Kambja_algkool, lk 55
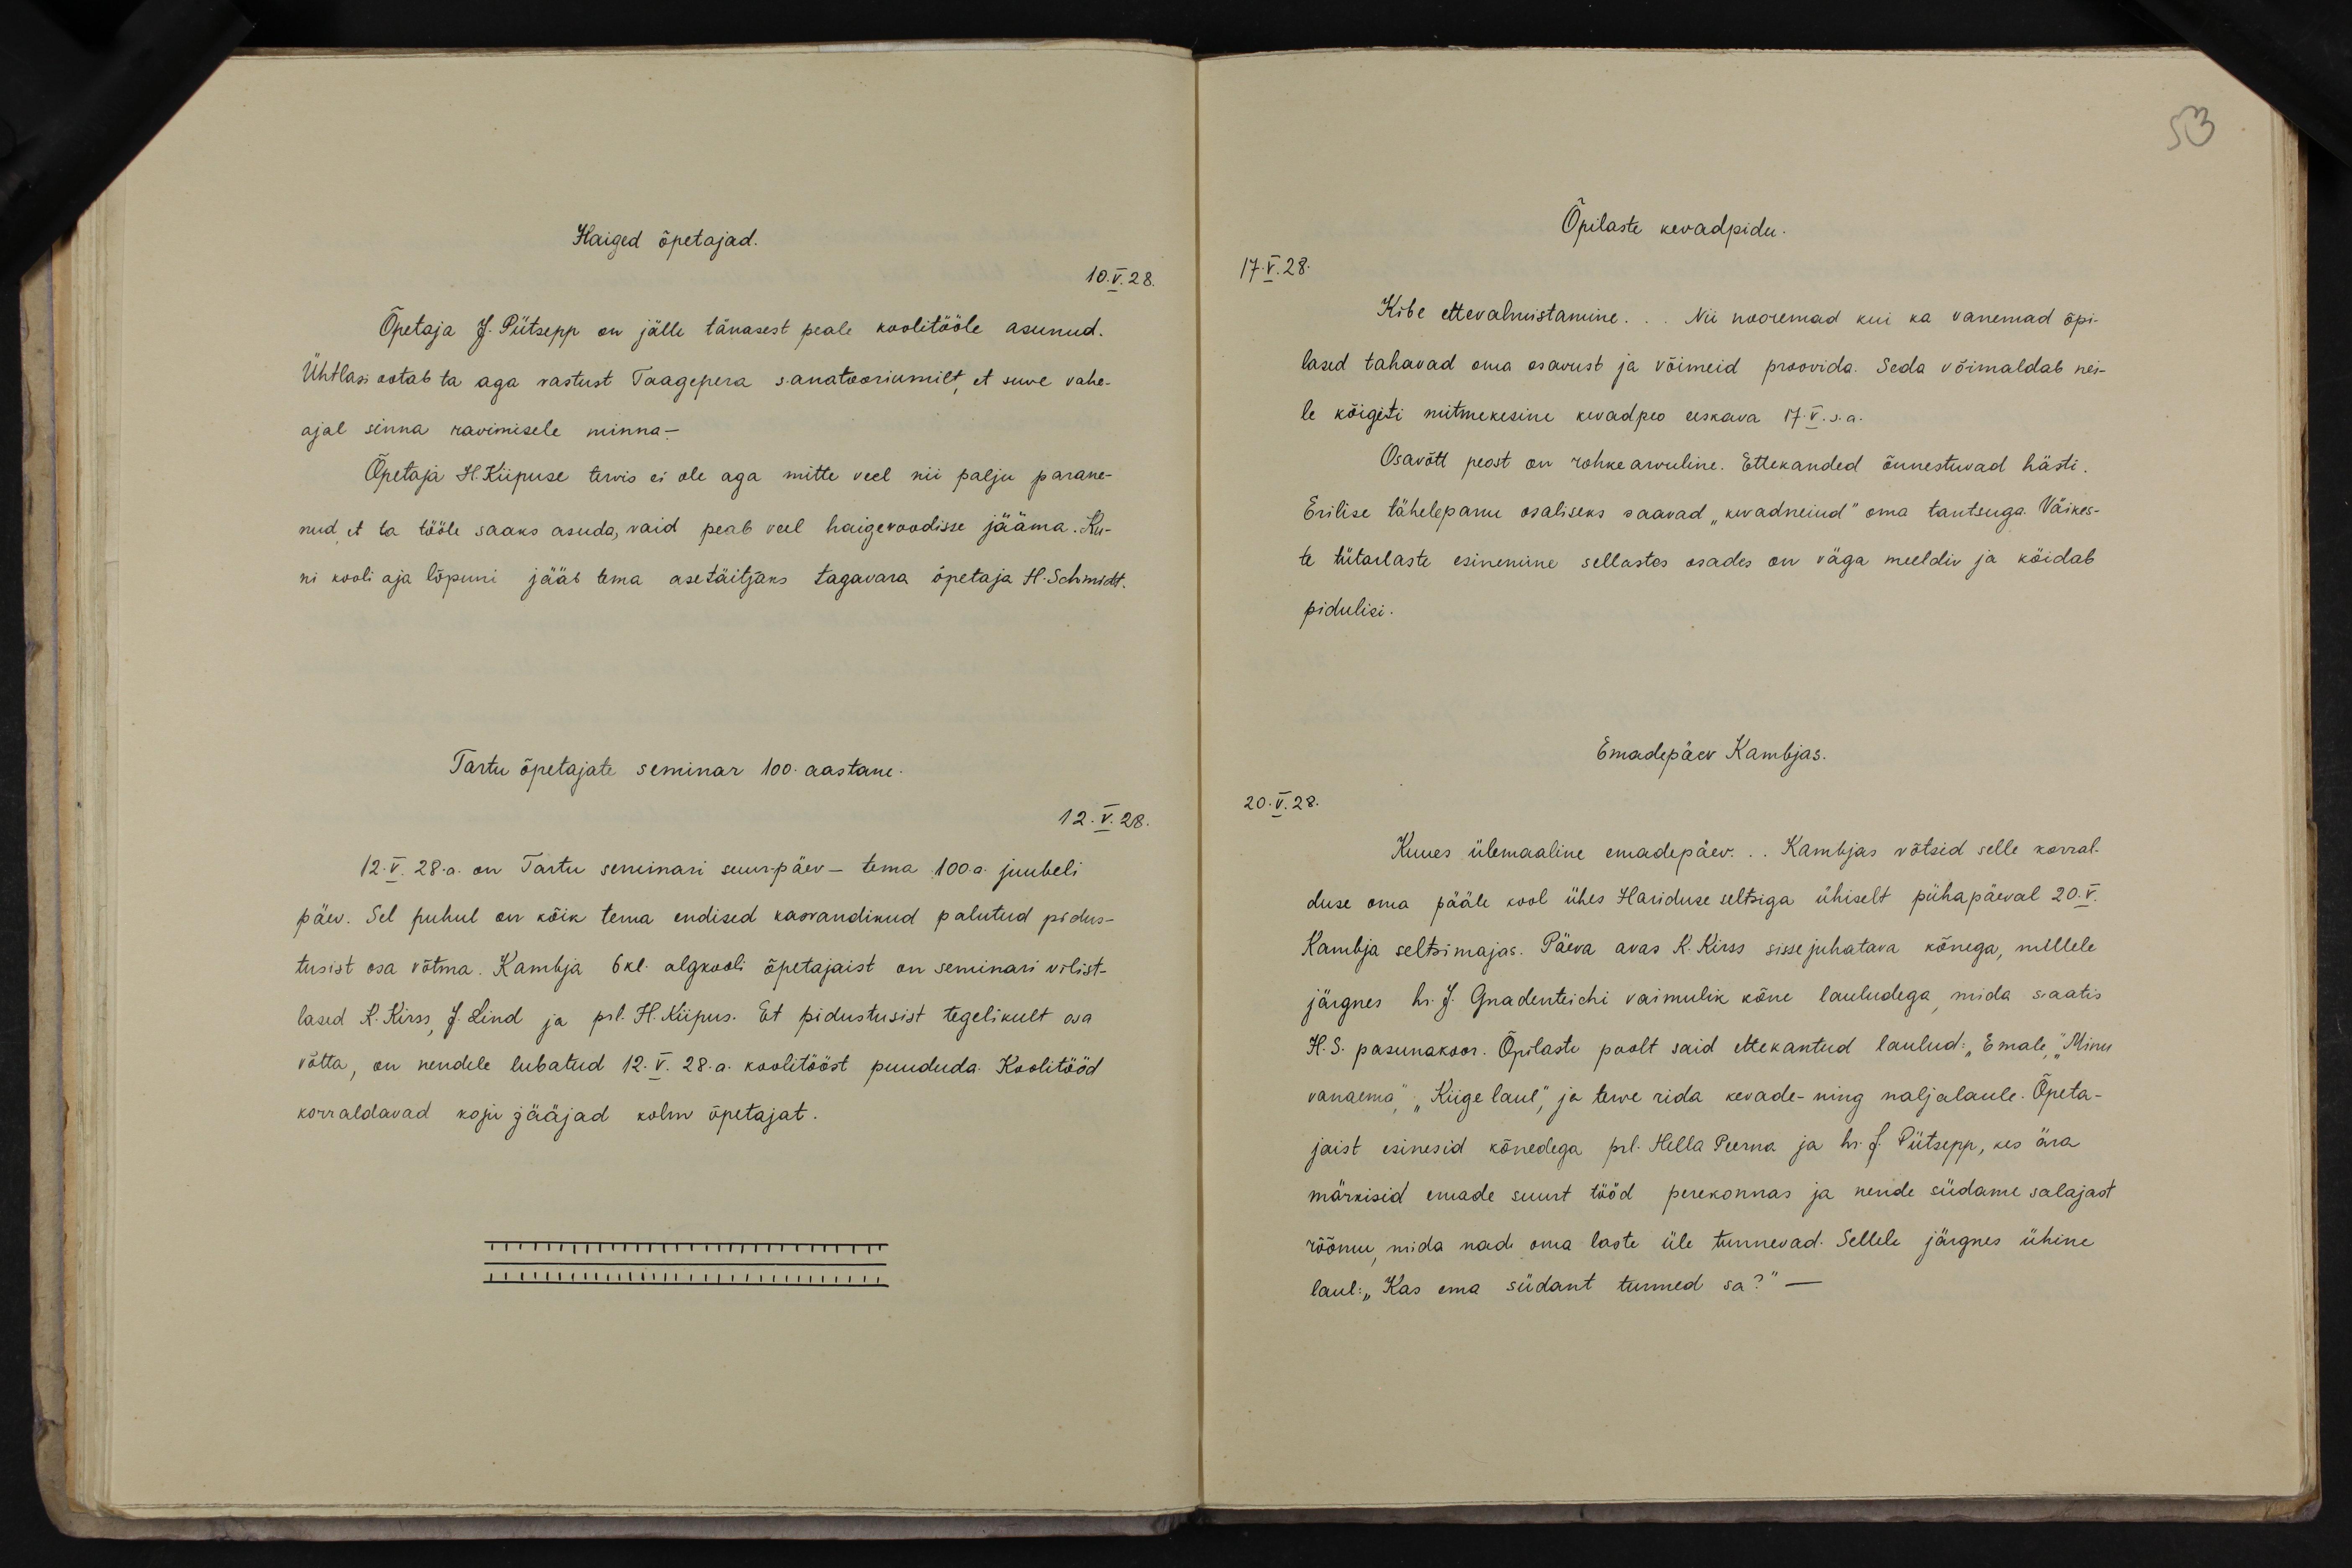
Haiged õpetajad.
10.V.28.
Õpetaja J. Pütsepp on jälle tänasest peale koolitööle asunud.
Ühtlasi ootab ta aga vastust Taagepera sanatooriumilt, et suve vahe-
ajal sinna ravimisele minna-
Õpetaja H. Kiipuse tervis ei ole aga mitte veel nii palju parane-
nud et ta tööle saaks asuda, vaid peab veel haigevoodisse jääma. Ku-
ni kooli aja lõpuni jääb tema asetäitjaks tagavara õpetaja H. Schmidt.
Tartu õpetajate seminar 100. aastane.
12.V.28.
12.V. 28.a. on Tartu senunari suur-päev - tema 100 a. juubeli
päev. Sel puhul on kõik tema endised kasvandikud palutud pidus-
tusist osa võtma. Kambja 6 kl. algkooli õpetajaist on seminari vilist-
lased A. Kirss J. Lind ja prl. H. Kiipus. Et pidustusist tegelikult osa
võtta, on nendele lubatud 12.V.28.a. koolitööst puududa. Koolitööd
korraldavad koju jääjad kolm õpetajat.

53
Õpilaste kevadpidu.
17.V.28.
Kibe ettevalmistamine... Nii nooremad kui ka vanemad õpi-
lased tahavad oma osavust ja võimeid proovida. Seda võimaldab nei-
le kõigiti mitmekesine kevadpeo eeskava 17.V.s.a.
Osavõtt peost on rohkearvuline. Ettekanded õnnestuvad hästi.
Erilise tähelepanu osaliseks saavad "kevadneiud" oma tantsuga. Väikes-
te tütarlaste esinemine sellastes osades on väga meeldiv ja köidab
pidulisi.
Emadepäev Kambjas.
20.V.28.
Kuues ülemaaline emadepäev... Kambjas võtsid selle korral-
duse oma pääle kool ühes Hariduse seltsiga ühiselt pühapäeval 20.V.
Kambja seltsimajas. Päeva avas K. Kirss sissejuhatava kõnega, millele
järgnes hr. J. Gnadenteichi vaimulik kõne lauludega, mida saatis
H. S. pasunakoor. Õpilaste poolt said ettekantud laulud: "Emale", "Minu
vanaema", "Kiige laul", ja terve rida kevade- ning naljalaule. Õpeta-
jaist esinesid kõnedega prl. Hella Peerna ja hr. L. Pütsepp, kes ära
märkisid emade suurt tööd perekonnas ja nende südame salajast
rõõmu, mida nad oma laste üle tunnevad. Sellele järgnes ühine
laul: "Kas ema südant tunned sa?"